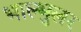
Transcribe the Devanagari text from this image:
भाल्भुलर